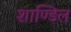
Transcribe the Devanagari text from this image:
शाण्डिल